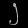
Digit: ၂